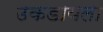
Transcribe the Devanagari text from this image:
उकडायला